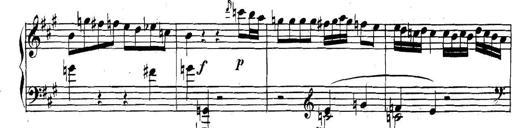
Title: Collected Piano Sonatas
Composer: Muzio Clementi